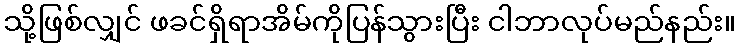
သို့ဖြစ်လျှင် ဖခင်ရှိရာအိမ်ကိုပြန်သွားပြီး ငါဘာလုပ်မည်နည်း။